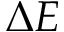
\Delta E